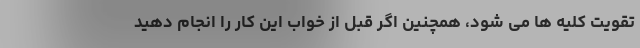
تقویت کلیه ها می شود، همچنین اگر قبل از خواب این کار را انجام دهید